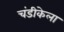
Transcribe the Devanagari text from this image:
चंडीकेला